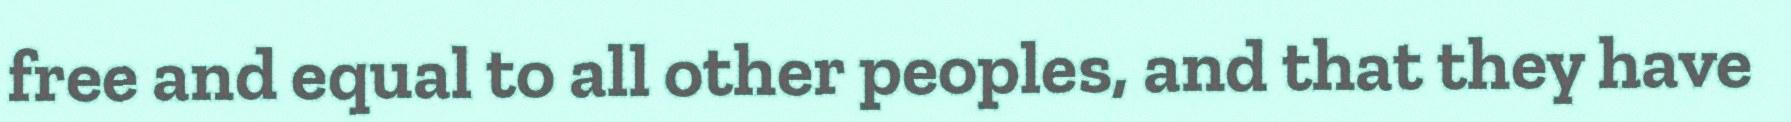
free and equal to all other peoples, and that they have